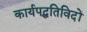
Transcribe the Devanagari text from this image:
कार्यपद्धतिविदों